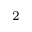
_ \mathrm { 2 }